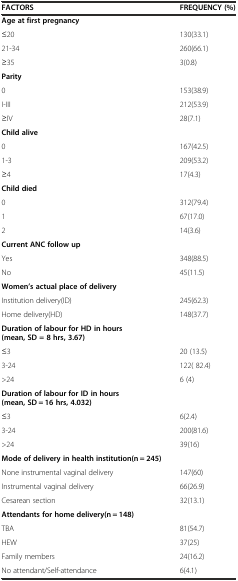
| FACTORS | FREQUENCY (%) |
 | --- | --- |
 | Age at first pregnancy |  |
 | ≤20 | 130(33.1) |
 | 21-34 | 260(66.1) |
 | ≥35 | 3(0.8) |
 | Parity |  |
 | 0 | 153(38.9) |
 | I-III | 212(53.9) |
 | ≥IV | 28(7.1) |
 | Child alive |  |
 | 0 | 167(42.5) |
 | 1-3 | 209(53.2) |
 | ≥4 | 17(4.3) |
 | Child died |  |
 | 0 | 312(79.4) |
 | 1 | 67(17.0) |
 | 2 | 14(3.6) |
 | Current ANC follow up |  |
 | Yes | 348(88.5) |
 | No | 45(11.5) |
 | Women’s actual place of delivery |  |
 | Institution delivery(ID) | 245(62.3) |
 | Home delivery(HD) | 148(37.7) |
 | Duration of labour for HD in hours (mean, SD = 8 hrs, 3.67) |  |
 | ≤3 | 20 (13.5) |
 | 3-24 | 122( 82.4) |
 | >24 | 6 (4) |
 | Duration of labour for ID in hours (mean, SD = 16 hrs, 4.032) |  |
 | ≤3 | 6(2.4) |
 | 3-24 | 200(81.6) |
 | >24 | 39(16) |
 | Mode of delivery in health institution(n = 245) |  |
 | None instrumental vaginal delivery | 147(60) |
 | Instrumental vaginal delivery | 66(26.9) |
 | Cesarean section | 32(13.1) |
 | Attendants for home delivery(n = 148) |  |
 | TBA | 81(54.7) |
 | HEW | 37(25) |
 | Family members | 24(16.2) |
 | No attendant/Self-attendance | 6(4.1) |